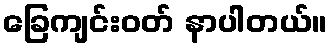
ခြေကျင်းဝတ် နာပါတယ်။